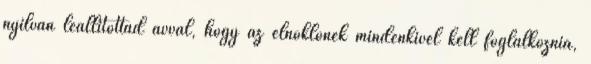
nyílván leállítottad avval, hogy az elnöklőnek mindenkivel kell foglalkoznia,